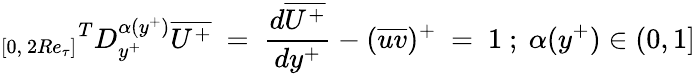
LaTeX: {_{[0,~2Re_{\tau}]}}^{T}D_{y^{+}}^{\alpha(y^{+})}\overline{{U^{+}}}~=~\frac{d\overline{{U^{+}}}}{dy^{+}}-(\overline{{uv}})^{+}~=~1~;~\alpha(y^{+})\in(0,1]